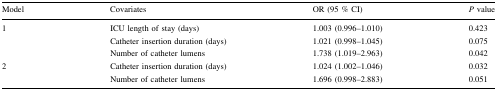
<table><thead><tr><td><b>Model</b></td><td><b>Covariates</b></td><td><b>OR (95 % CI)</b></td><td><b><i>P</i> value</b></td></tr></thead><tbody><tr><td rowspan="3">1</td><td>ICU length of stay (days)</td><td>1.003 (0.996–1.010)</td><td>0.423</td></tr><tr><td>Catheter insertion duration (days)</td><td>1.021 (0.998–1.045)</td><td>0.075</td></tr><tr><td>Number of catheter lumens</td><td>1.738 (1.019–2.963)</td><td>0.042</td></tr><tr><td rowspan="2">2</td><td>Catheter insertion duration (days)</td><td>1.024 (1.002–1.046)</td><td>0.032</td></tr><tr><td>Number of catheter lumens</td><td>1.696 (0.998–2.883)</td><td>0.051</td></tr></tbody></table>